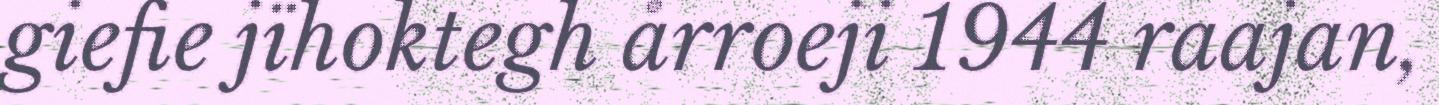
giefie jïhoktegh årroeji 1944 raajan,